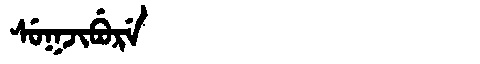
Manchu: ᠰᡠᡴᠵᡳᠪᡠᡵᡝ
Romanization: SUKJIBURE